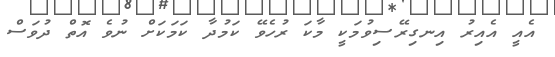
އެއީ އެއިރު އިނގިރޭސިވުމަކީ މާކަ ރުހެވޭ ކަމުދާ ކަމަކަށް ނުވެ އޮތް ދުވަސް